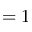
\l = 1